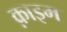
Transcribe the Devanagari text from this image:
क़ाइम